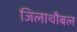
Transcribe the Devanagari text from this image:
जिलाथौबल